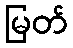
မြတ်